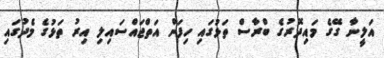
އަލީނާ ގޭގެ މައިދޮރުގެ ބްރާސް ތަޅުގައި ހިފަން އަތްޖައްސައިލި އިރު ތަޅުގެ މެދުގައި